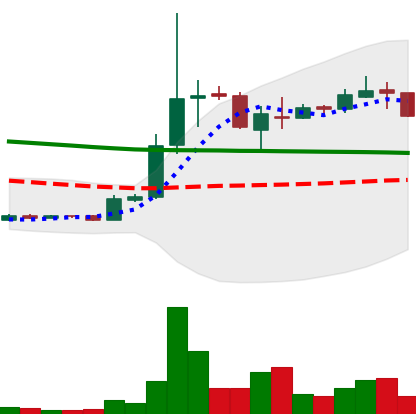
Ticker: XRP-USD
Chart end date: 2018-10-02
Forward return: -7.449%
Label: down_7plus